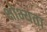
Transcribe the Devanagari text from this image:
क्षोभ्यता